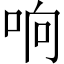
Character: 响